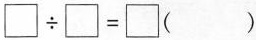
$$\Box \div \Box = \Box ( )$$